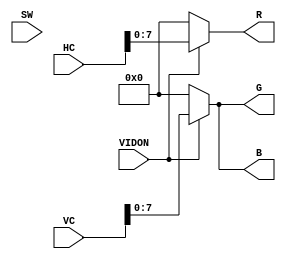
module vga_stripes(
	VIDON,
	HC,
	VC,
	R,
	G,
	B,
	SW
	);

// |--------------------|
// | Port Declarations  |
// | -------------------|
input VIDON;
input [9:0] HC;
input [9:0] VC;
output [7:0] R;
output [7:0] G;
output [7:0] B;

input [17:0] SW;	




// |---------------------|
// | Signal Declarations |
// | --------------------|
reg [7:0] Rr, Gg, Bb;
assign R = Rr;
assign G = Gg;
assign B = Bb;

always @ (VIDON, VC)
begin
	Rr <= 8'b00000000;
	Gg <= 8'b00000000;
	Bb <= 8'b00000000;
	
	if( VIDON == 1'b1 )
	begin
		/*if (VC > 400) begin
			Bb <= 0;
			Rr <= 233;
			Gg <= 0;
		end
		else if (VC > 300 && VC < 400)begin
			Bb <= 0;
			Rr <= 0;
			Gg <= 244;
		end
		else if (VC > 200 && VC < 300)begin
			Bb <= 254;
			Rr <= 0;
			Gg <= 0;
		end
		else begin
			Bb <= 0;
			Rr <= 0;
			Gg <= 0;
		end*/
		
		/*if( (VC > 250 && VC < 350) && (HC > 450 && HC < 550 ))
		begin
		/* Switch-Color test. Works! 
		Rr <= SW[17:10];
		Bb <= SW[9:2];
		Gg[1:0] <= {SW[1:0],1'b0,1'b0,1'b0,1'b0,1'b0,1'b0};
		end*/
		
		Gg <= VC;
		Rr <= HC;
		Bb <= VC;
	end
end
	
endmodule